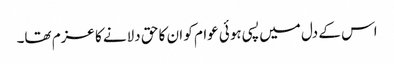
اس کے دل میں پسی ہوئی عوام کو ان کا حق دلانے کا عزم تھا۔